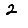
Digit: 2